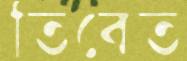
তিবেত